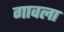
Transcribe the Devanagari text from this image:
गावला